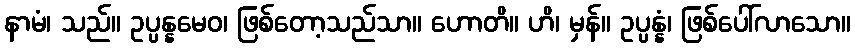
နာမံ၊ သည်။ ဥပ္ပန္နမေဝ၊ ဖြစ်တော့သည်သာ။ ဟောတိ။ ဟိ၊ မှန်။ ဥပ္ပန္နံ၊ ဖြစ်ပေါ်လာသော။